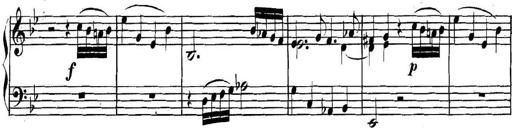
Title: Collected Piano Sonatas
Composer: Muzio Clementi